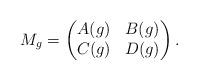
LaTeX: \begin{gather*}M_g=\left(\begin{matrix}A(g)&B(g)\\C(g)&D(g)\end{matrix}\right).\end{gather*}